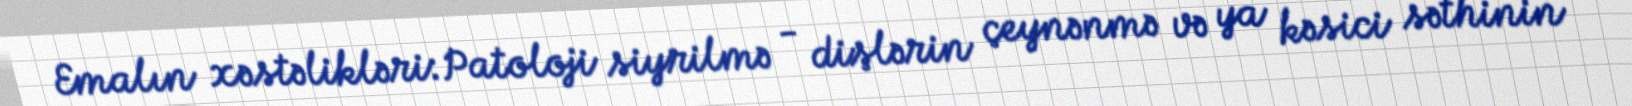
Emalın xəstəlikləri:Patoloji siyrilmə - dişlərin çeynənmə və ya kəsici səthinin